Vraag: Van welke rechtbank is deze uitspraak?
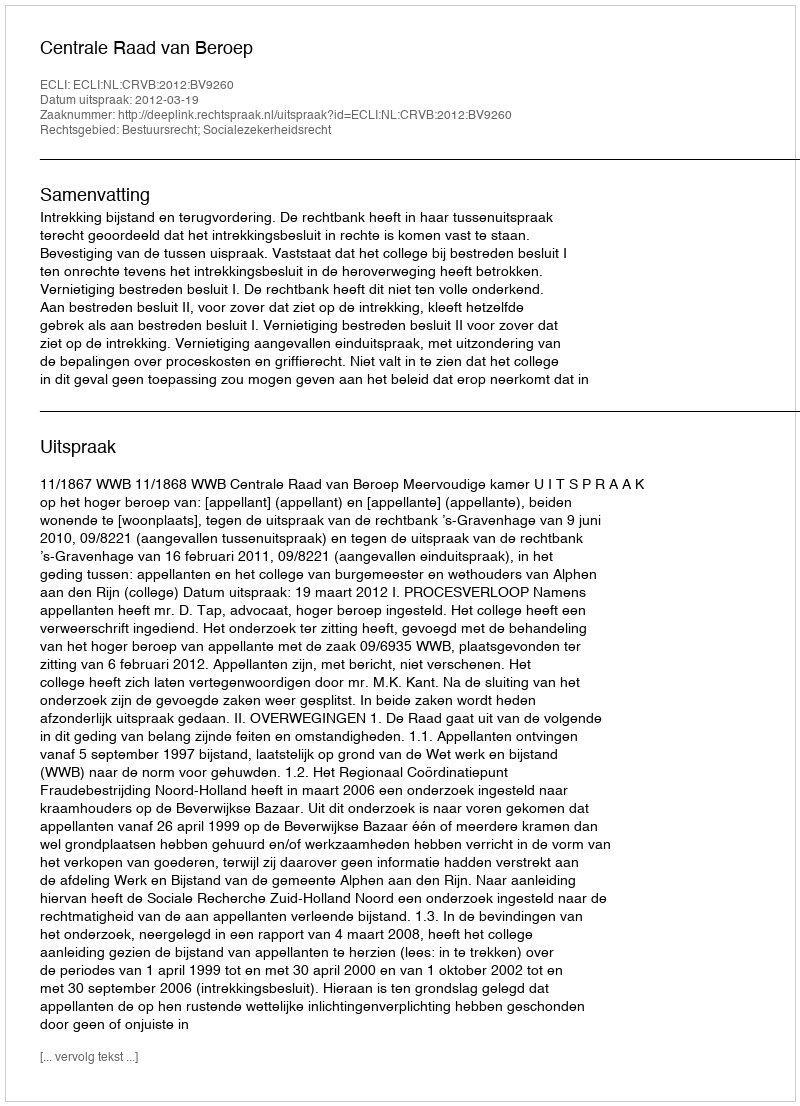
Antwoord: Centrale Raad van Beroep